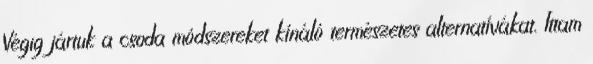
Végig jártuk a csoda módszereket kínáló természetes alternatívákat. Ittam